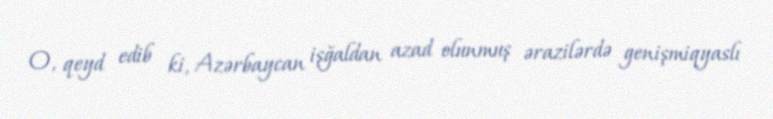
O, qeyd edib ki, Azərbaycan işğaldan azad olunmuş ərazilərdə genişmiqyaslı